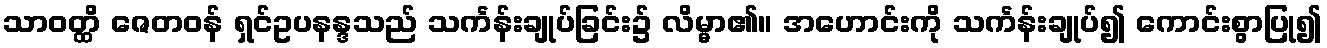
သာဝတ္ထိ ဇေတဝန် ရှင်ဥပနန္ဒသည် သင်္ကန်းချုပ်ခြင်း၌ လိမ္မာ၏။ အဟောင်းကို သင်္ကန်းချုပ်၍ ကောင်းစွာပြု၍